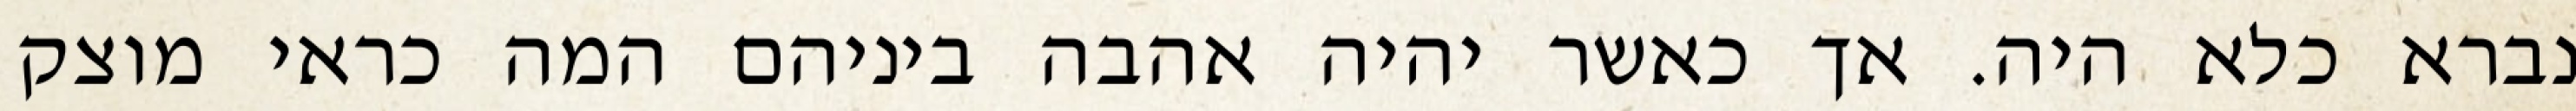
נברא כלא היה. אך כאשר יהיה אהבה ביניהם המה כראי מוצק